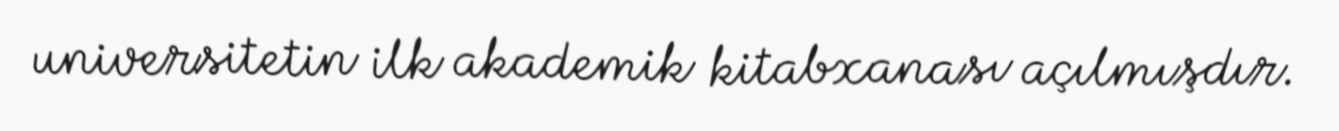
universitetin ilk akademik kitabxanası açılmışdır.